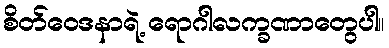
စိတ်ဝေဒနာရဲ့ ရောဂါလက္ခဏာတွေပါ။